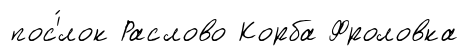
пос'́лок Раслово Корба Фроловка